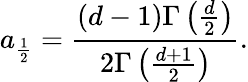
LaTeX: a_{\frac 12}=\frac{(d-1)\Gamma\left(\frac{d}2\right)}{2\Gamma\left(\frac{d+1}2\right)}.